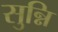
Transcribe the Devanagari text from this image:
सुन्नि